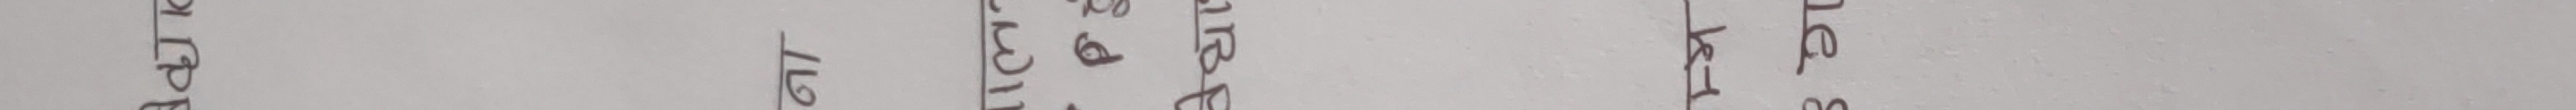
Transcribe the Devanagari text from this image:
बात छ ।
३३ वटा